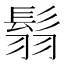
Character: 𩭅